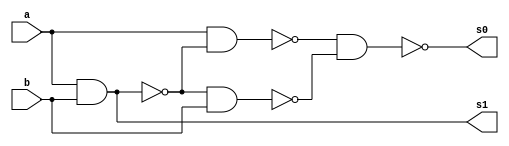
// ---------------------
// Guia 03_02 - Meia Soma NAND
// Nome: Thaise Souto Martins
// ---------------------

// ---------------------
// -- meia soma
// ---------------------

module meiasoma (s0, s1, a, b);
 output s0, s1;
 input  a, b;
 wire s2,s3,s4,s5;
 
 nand nandgate1 (s2, a, b);
 nand nandgate2 (s1, s2, s2);
 nand nandgate3 (s3, a, b);
 nand nandgate4 (s4, a, s3);
 nand nandgate5 (s5, s3, b);
 nand nandgate6 (s0, s4, s5);

endmodule // meia soma

// --------------------------
// -- test meia soma nand
// --------------------------

module testmeiasoma;
 reg   a, b;             
 wire  s0, s1;
          // instancia
 meiasoma MEIASOMA1 (s0, s1, a, b);

 initial begin:start
      a=0; b=0;
 end

          // parte principal
 initial begin:main
      $display("Guia 03_02 - Thaise Souto Martins - 395504");
      $display("Test Meia Soma NAND gate");
      $display("\n a & b = s0 s1\n");
      $monitor(" %b & %b = %b %b", a, b, s0, s1);
  #1  a=0; b=1; 
  #1  a=1; b=0; 
  #1  a=1; b=1; 
  
 end

endmodule // testmeiasoma